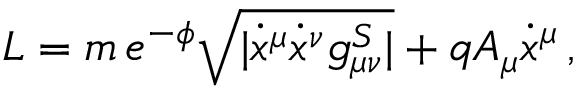
{ \cal L } = m \, e ^ { - \phi } \sqrt { | \dot { x } ^ { \mu } \dot { x } ^ { \nu } g _ { \mu \nu } ^ { S } | } + q A _ { \mu } \dot { x } ^ { \mu } \, ,